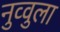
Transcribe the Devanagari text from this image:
नुव्वुला